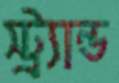
স্ট্র্যান্ড